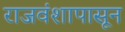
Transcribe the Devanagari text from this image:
राजवंशापासून